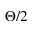
\Theta / 2